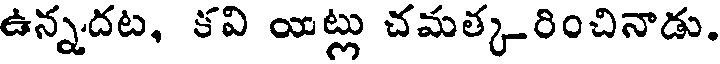
ఉన్నదట, కవి యట్లు చమత్కరించినాడు.